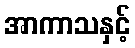
အာကာသနှင့်